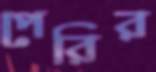
পেরির